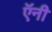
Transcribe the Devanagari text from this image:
ऍनी